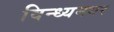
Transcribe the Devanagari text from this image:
विन्ध्यनगर